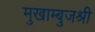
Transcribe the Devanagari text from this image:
मुखाम्बुजश्री